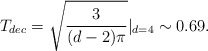
\begin{align*}T_{dec}=\sqrt{\frac{3}{(d-2)\pi}}|_{d=4}\sim 0.69.\end{align*}